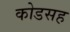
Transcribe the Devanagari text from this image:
कोडसह